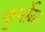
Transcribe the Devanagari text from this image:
फुर्मोळ